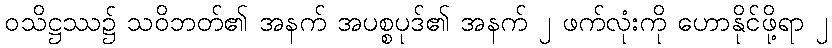
ဝသိဋ္ဌဿ၌ သဝိဘတ်၏ အနက် အပစ္စပုဒ်၏ အနက် ၂ ဖက်လုံးကို ဟောနိုင်ဖို့ရာ ၂